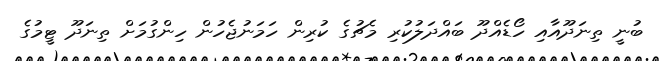
ބުނީ ތިނަދޫއާއި ހޯޑެއްދޫ ބައްދަލުކުރި މެޗުގެ ކުރިން ހަމަނުޖެހުން ހިންގުމަށް ތިނަދޫ ޓީމުގެ